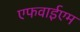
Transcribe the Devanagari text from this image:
एफवाईएम